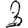
Digit: 3